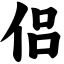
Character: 侣